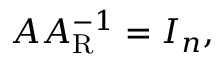
A A _ { \mathrm { R } } ^ { - 1 } = I _ { n } ,